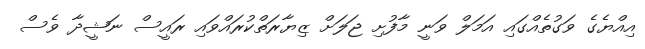
އިއްޔެގެ ވަގުތެއްގައި އަމަލް ވަނީ މާފުށި ޖަލަށް ޒިޔާރަތްކުރައްވައި ރައީސް ނަޝީދާ ވެސް